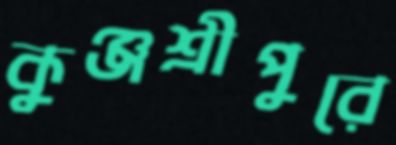
কুঞ্জশ্রীপুরে